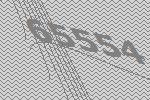
65554